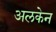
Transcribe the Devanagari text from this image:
अलकेन